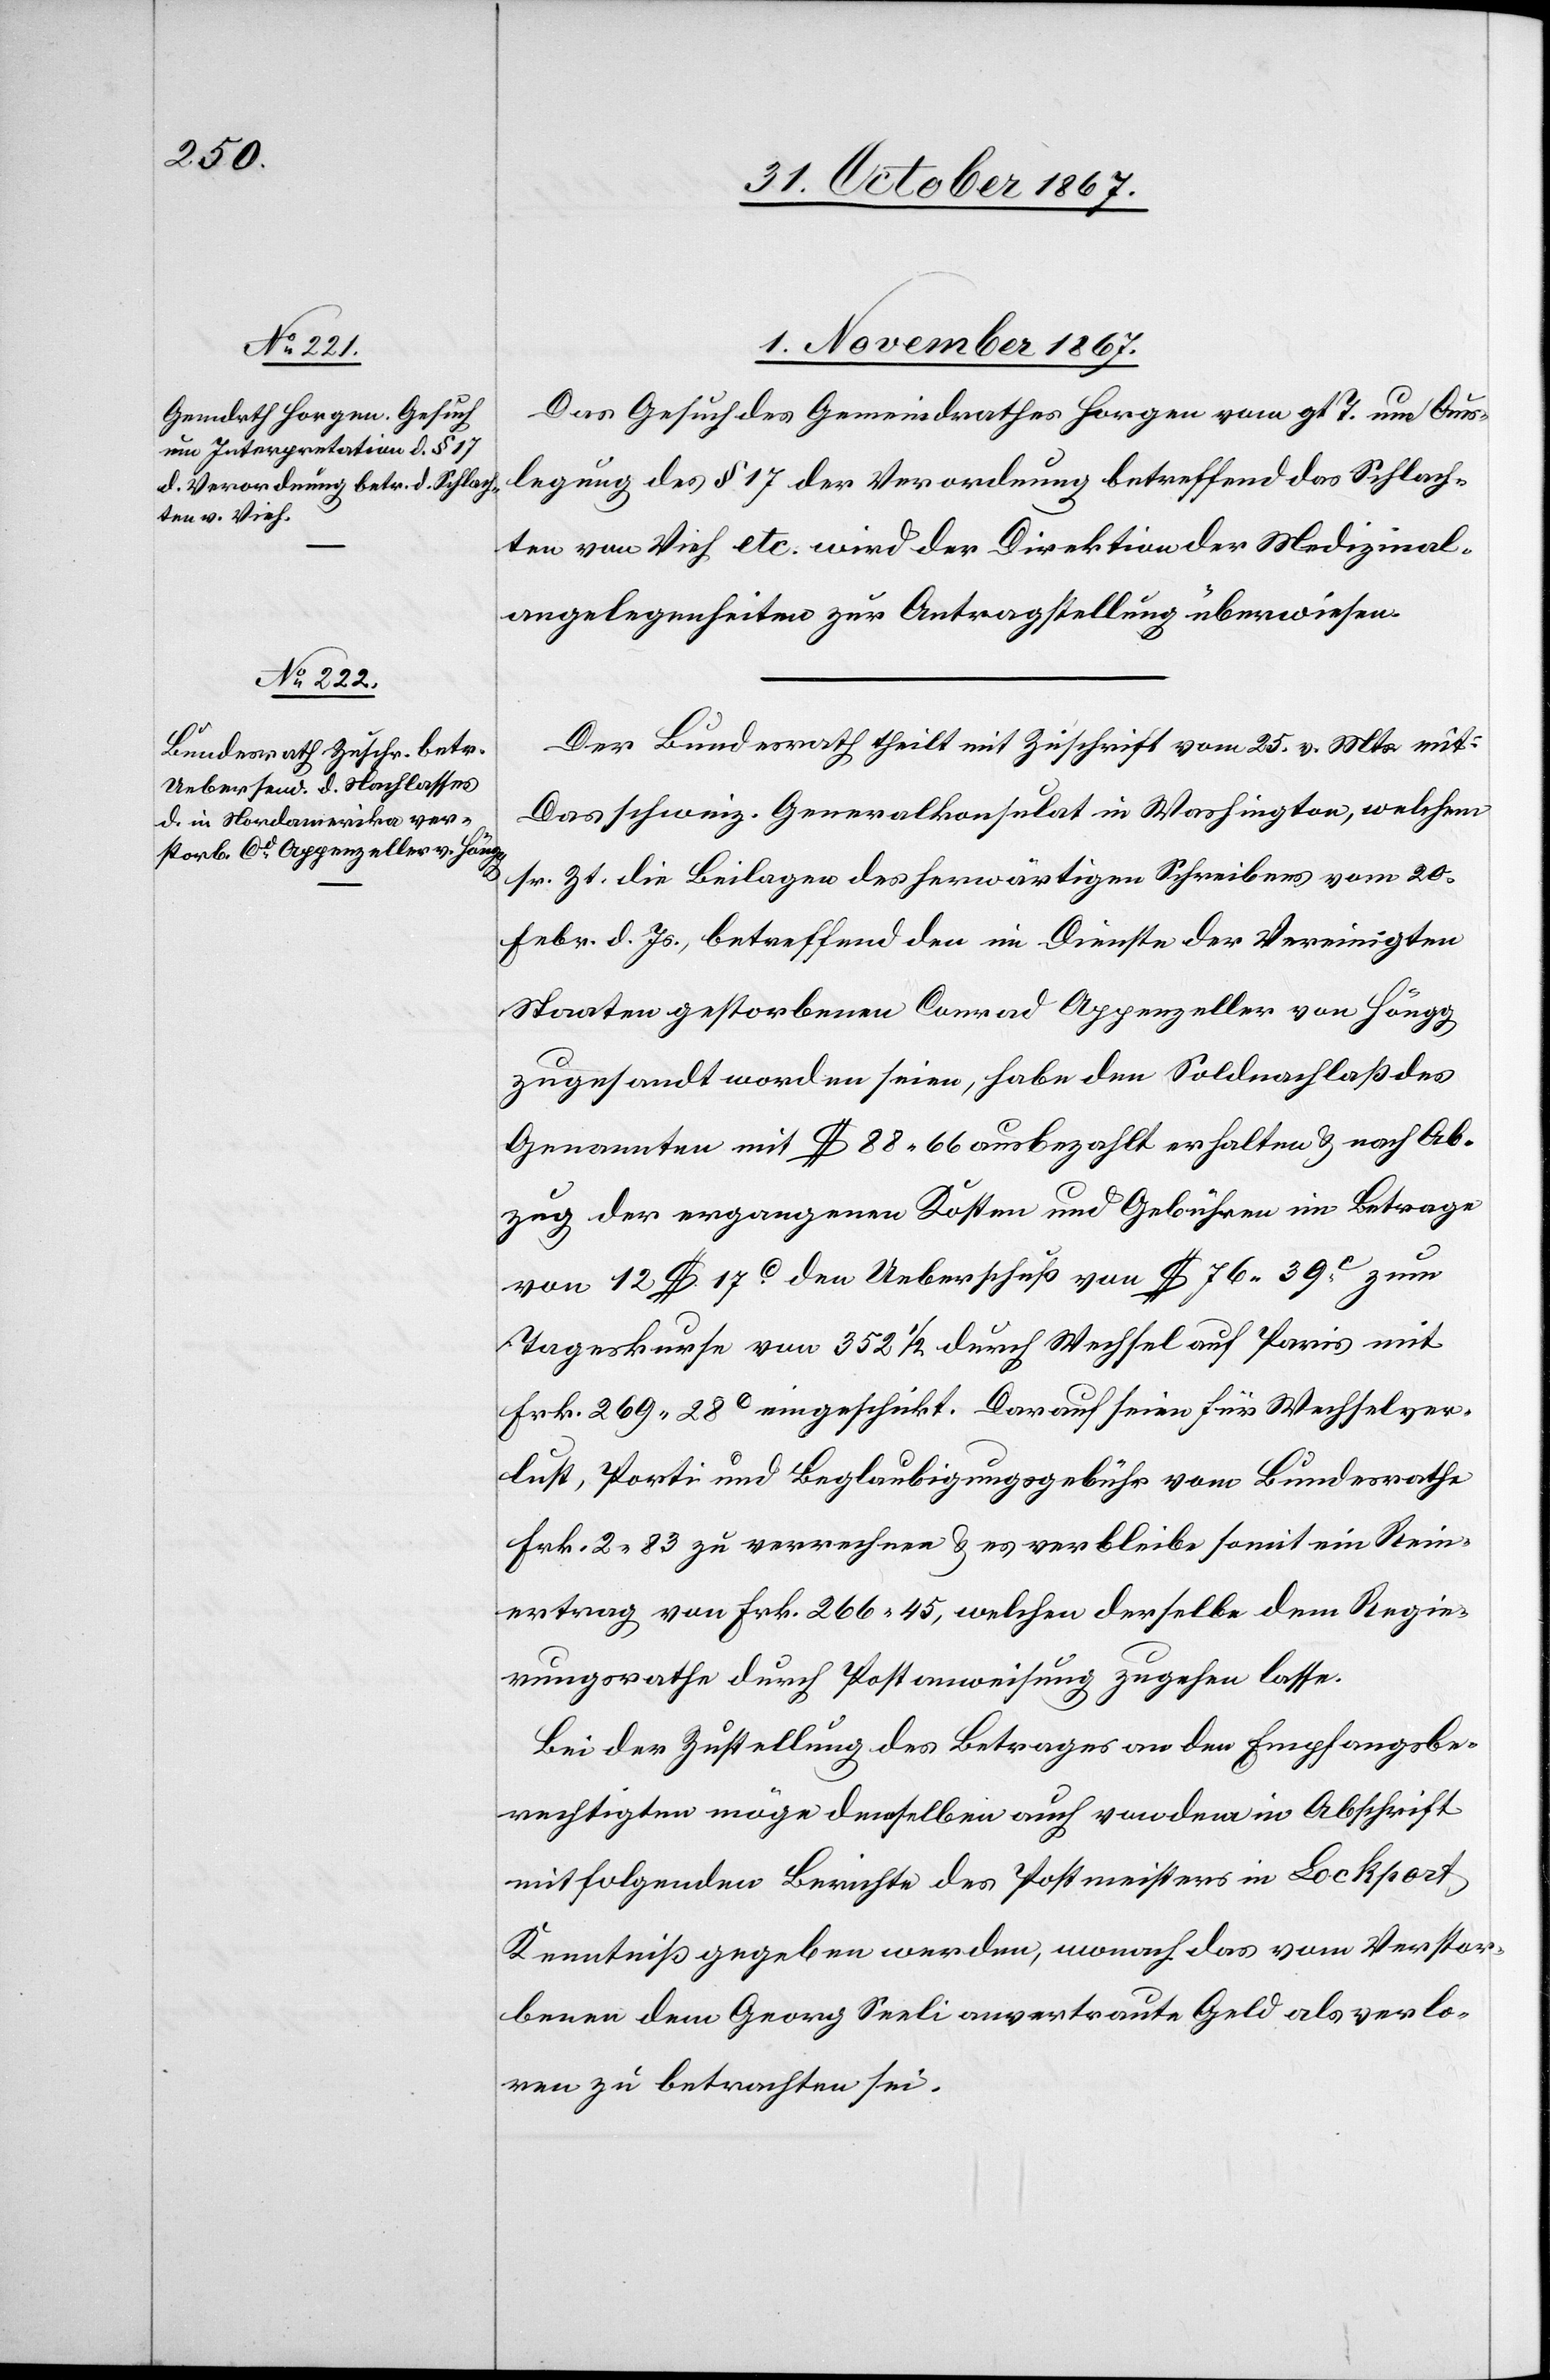
1. November 1867.]
Das Gesuch des Gemeindrathes Horgen vom gl. T. um Aus¬
legung des § 17 der Verordnung betreffend das Schlach¬
ten von Vieh etc. wird der der Direktion der Medizinal¬
angelegenheiten zur Antragstellung überwiesen.
Der Bundesrath theilt mit Zuschrift vom 25. v. Mts. mit:
Das schweiz. Generalkonsulat in Washington, welchem
sr. Zt. die Beilage des herwärtigen Schreibens vom 20.
Febr. d. Js., betreffend den im Dienste der Vereinigten
Staaten gestorbenen Conrad Appenzeller von Höngg,
zugesandt worden seien, habe den Soldnachlaß des
Genannten mit $ 88.66 ausbezahlt erhalten u. nach Ab¬
zug der ergangenen Kosten und Gebühren im Betrage
von 12$ 17c. den Ueberschuß von $ 76.39c. zum
Tageskurse von 352 ½ durch Wechsel auf Paris mit
Frk. 269.28c. eingeschickt. Darauf seien für Wechselver¬
lust, Porti und Beglaubigungsgebühr vom Bundesrathe
Frk. 2.83 zu verrechnen u. es verbleibe somit ein Rein¬
ertrag von Frk. 266.45, welchen derselbe dem Regie¬
rungsrathe durch Postanweisung zugehen lasse.
Bei der Zustellung des Betrages an den Empfangsbe¬
rechtigten möge demselben auch von dem in Abschrift
mit folgenden Berichte des Postmeisters in Lockport,
Kenntniß gegeben werden, wonach das von Verstor¬
benen dem Georg Seeli anvertraute Geld als verlo¬
ren zu betrachten sei.